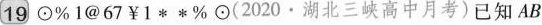
19 \odot % 1 @ ￥ 1 * * % \odot(2020 · 湖北三峡高中月考)已知A B